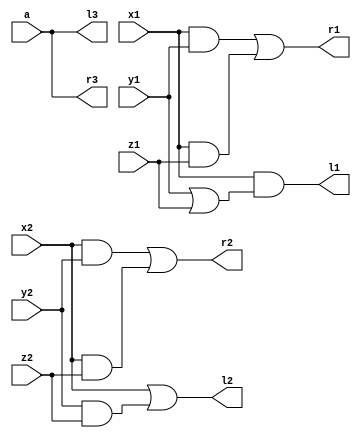
module prog1(x1, y1, z1, l1, r1, x2, y2, z2, l2, r2, a, l3, r3);
input x1, y1, z1, x2, y2, z2, a;
output l1, r1, l2, r2, l3, r3;

assign l1 = x1&(y1|z1);
assign r1 = x1&y1 | x1&z1;

assign l2 = x2|(y2&z2);
assign r2 = (x2&y2)|(x2&z2);

assign l3 = ~(~a);
assign r3 = a;

endmodule